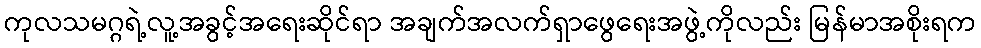
ကုလသမဂ္ဂရဲ့လူ့အခွင့်အရေးဆိုင်ရာ အချက်အလက်ရှာဖွေရေးအဖွဲ့ကိုလည်း မြန်မာအစိုးရက